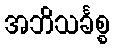
အဘိသင်္ခစ္စ